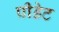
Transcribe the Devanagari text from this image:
प्रीडेट